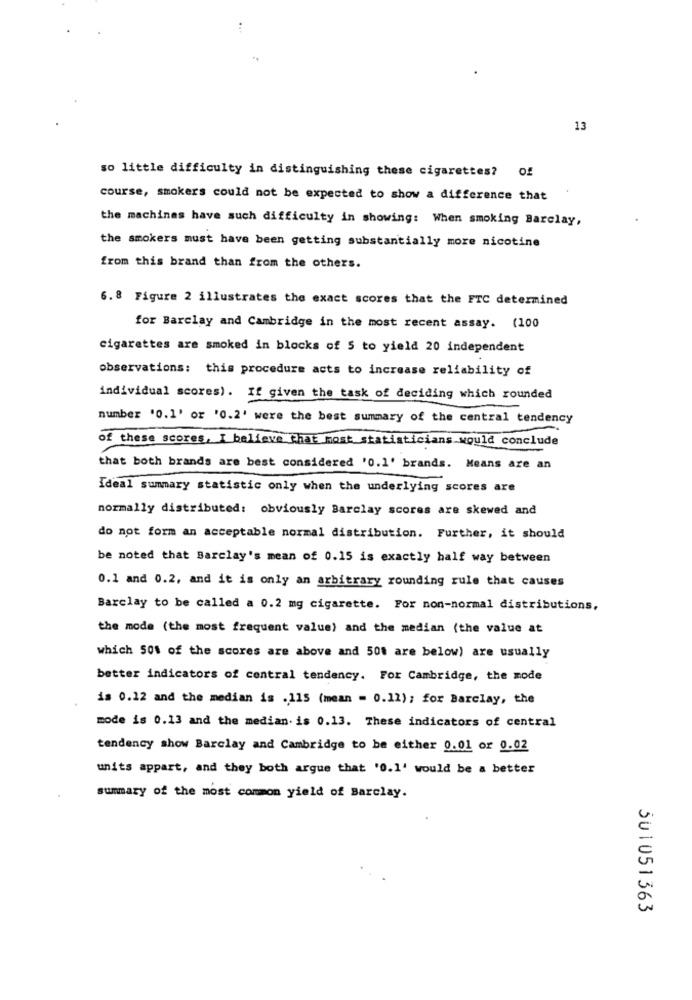
13
so little difficulty in distinguishing these cigarettes? of
course, smokers could not be expected to show a difference that
the machines have such difficulty in showing: When smoking Barclay,
the smokers must have been getting substantially more nicotine
from this brand than from the others.
6.8 Figure 2 illustrates the exact scores that the FTC determined
for Barclay and Cambridge in the most recent assay. (100
cigarettes are smoked in blocks of 5 to yield 20 independent
observations: this procedure acts to increase reliability of
individual scores). If given the task of deciding which rounded
number '0.1' or '0.2' were the best summary of the central tendency
-
of these scores, I believe that most statisticians would conclude
that both brands are best considered '0.1' brands. Means are an
Ideal summary statistic only when the underlying scores are
normally distributed: obviously Barclay scores are skewed and
do not form an acceptable normal distribution. Further, it should
be noted that Barclay's mean of 0.15 is exactly half way between
0.1 and 0.2, and it is only an arbitrary rounding rule that causes
Barclay to be called a 0.2 mg cigarette. For non-normal distributions.
the mode (the most frequent value) and the median (the value at
which 50% of the scores are above and 50% are below) are usually
better indicators of central tendency. For Cambridge, the mode
is 0.12 and the median is . 115 (mean = 0.11) ; for Barclay, the
mode is 0.13 and the median. is 0.13. These indicators of central
tendency show Barclay and Cambridge to be either 0.01 or 0.02
units appart, and they both argue that '0.1' would be a better
summary of the most common yield of Barclay.
501051363